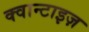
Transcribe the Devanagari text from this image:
क्वान्टाइज़